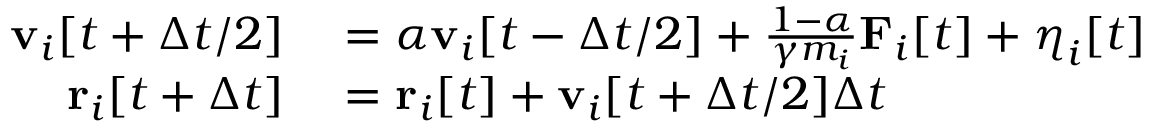
\begin{array} { r l } { \mathbf { v } _ { i } [ t + \Delta t / 2 ] } & { { } = \alpha \mathbf { v } _ { i } [ t - \Delta t / 2 ] + \frac { 1 - \alpha } { \gamma m _ { i } } \mathbf { F } _ { i } [ t ] + \boldsymbol { \eta } _ { i } [ t ] } \\ { \mathbf { r } _ { i } [ t + \Delta t ] } & { { } = \mathbf { r } _ { i } [ t ] + \mathbf { v } _ { i } [ t + \Delta t / 2 ] \Delta t } \end{array}